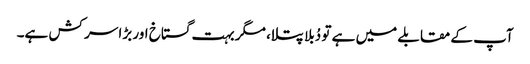
آپ کے مقابلے میں ہے تو دُبلا پتلا، مگر بہت گستاخ اور بڑا سر کش ہے۔